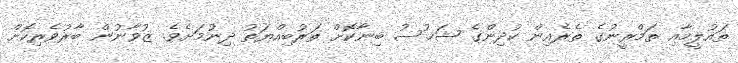
ތައުލީމާއި ތަމްރީނުގެ ތެރެއިން ކުދިންގެ ޝަޚުސު ބިނާކޮށް ތަރުބިއްޔަތު ދިނުމަށެވެ. ޒުވާނުން ބާރުވެރިކޮށް